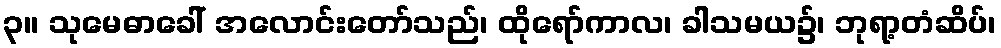
၃။ သုမေဓာခေါ် အလောင်းတော်သည်၊ ထိုရော်ကာလ၊ ခါသမယ၌၊ ဘုရာ့တံဆိပ်၊